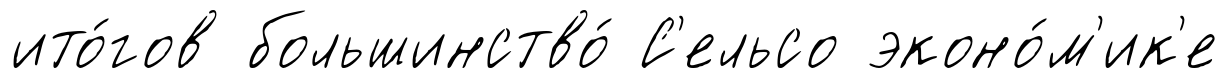
ито́гов большинство́ С'ельсо эконо́м'ик'е